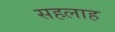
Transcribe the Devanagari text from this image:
सहलाह